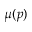
\mu ( p )